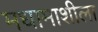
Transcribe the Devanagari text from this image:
मधामाशीला